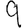
Digit: 9